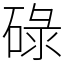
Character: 碌